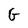
Character: G